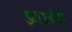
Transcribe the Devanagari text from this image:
झाड़बंदी